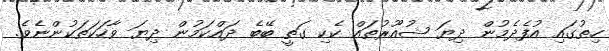
ހިތުގައި އުފެދެމުން ދިޔަ ޝުއޫރުތައް ކެކި ގަތީ ބޭބެ ދައްކަމުން ދިޔަ ވާހަކަތަކުންނެވެ.